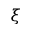
\xi